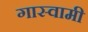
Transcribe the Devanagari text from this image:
गास्वामी